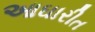
આઘારીત